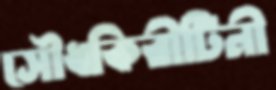
সৌধকিরীটিনী